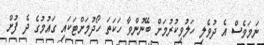
ނަމަވެސް އެ ދުވެލި ހަލުވިކުރުމަށް ބޭނުންވާ ހަކަތަ ހޯދުމަށްޓަކައި ގައުމުގެ ދެ ފުށް